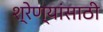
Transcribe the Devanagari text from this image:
श्रेण्यांसाठी